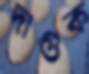
দাগুক